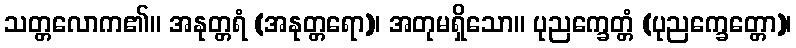
သတ္တလောက၏။ အနုတ္တရံ (အနုတ္တရော)၊ အတုမရှိသော။ ပုညက္ခေတ္တံ (ပုညက္ခေတ္တော)၊